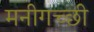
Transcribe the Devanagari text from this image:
मनीगच्छी